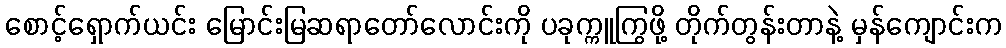
စောင့်ရှောက်ယင်း မြောင်းမြဆရာတော်လောင်းကို ပခုက္ကူကြွဖို့ တိုက်တွန်းတာနဲ့ မှန်ကျောင်းက